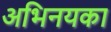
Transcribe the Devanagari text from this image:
अभिनयका